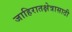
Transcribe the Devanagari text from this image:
जाहिरातक्षेत्रासाठी